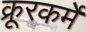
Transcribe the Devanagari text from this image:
क्रूरकर्मे